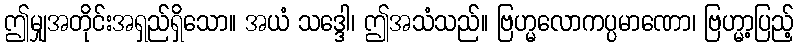
ဤမျှအတိုင်းအရှည်ရှိသော။ အယံ သဒ္ဒေါ၊ ဤအသံသည်။ ဗြဟ္မလောကပ္ပမာဏော၊ ဗြဟ္မာ့ပြည့်